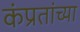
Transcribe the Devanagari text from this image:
कंप्रतांच्या